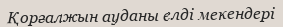
Қорғалжын ауданы елді мекендері